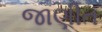
જાણીત